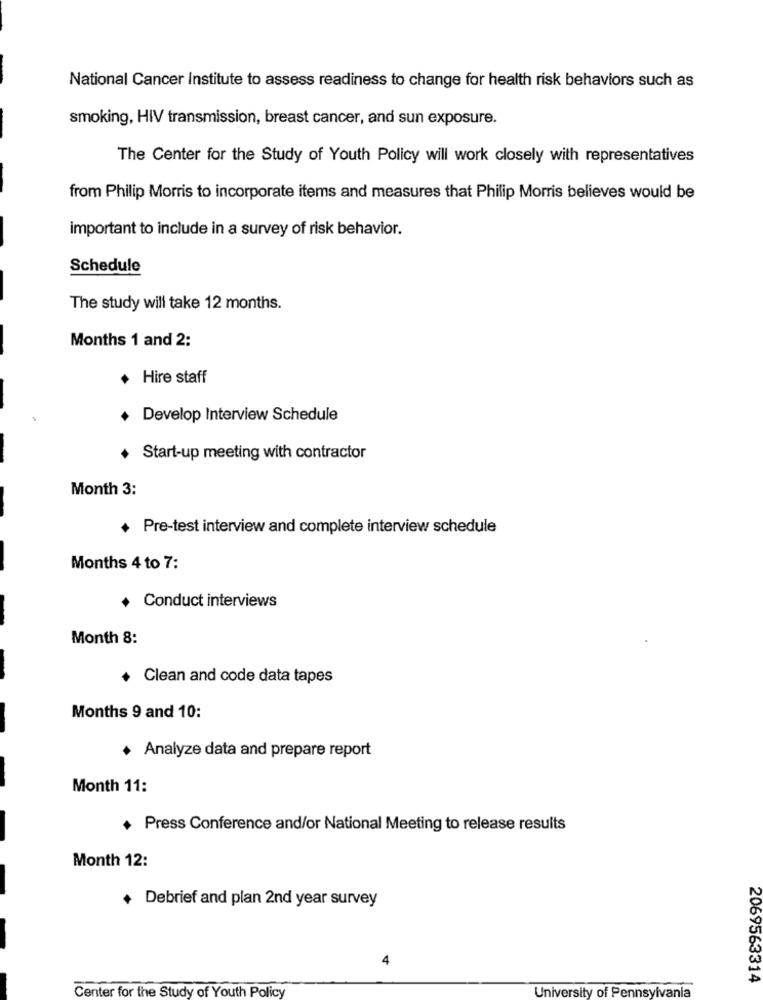
National Cancer Institute to assess readiness to change for health risk behaviors such as
smoking, HIV transmission, breast cancer, and sun exposure.
The Center for the Study of Youth Policy will work closely with representatives
from Philip Morris to incorporate items and measures that Philip Morris believes would be
important to include in a survey of risk behavior.
Schedule
The study will take 12 months.
Months 1 and 2:
Hire staff
Develop Interview Schedule
Start-up meeting with contractor
Month 3:
+ Pre-test interview and complete interview schedule
Months 4 to 7:
+ Conduct interviews
Month 8:
+ Clean and code data tapes
Months 9 and 10:
Analyze data and prepare report
Month 11:
+ Press Conference and/or National Meeting to release results
Month 12:
+ Debrief and plan 2nd year survey
4
2069563314
University of Pennsylvania
Center for the Study of Youth Policy